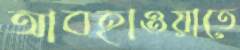
আবহাওয়াতে